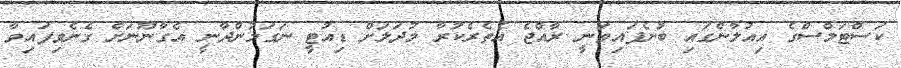
ކަސްޓަމްސްގެ އިއުލާންގައި ބުނެފައިވަނީ ރާއްޖެ އެތެރެކުރާ މުދަލަށް ޑިއުޓީ ނަގަމުންދާނީ އެގާނޫނަށް ގެނެވިފައިވާ